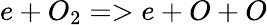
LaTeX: e+O_{2}=>e+O+O